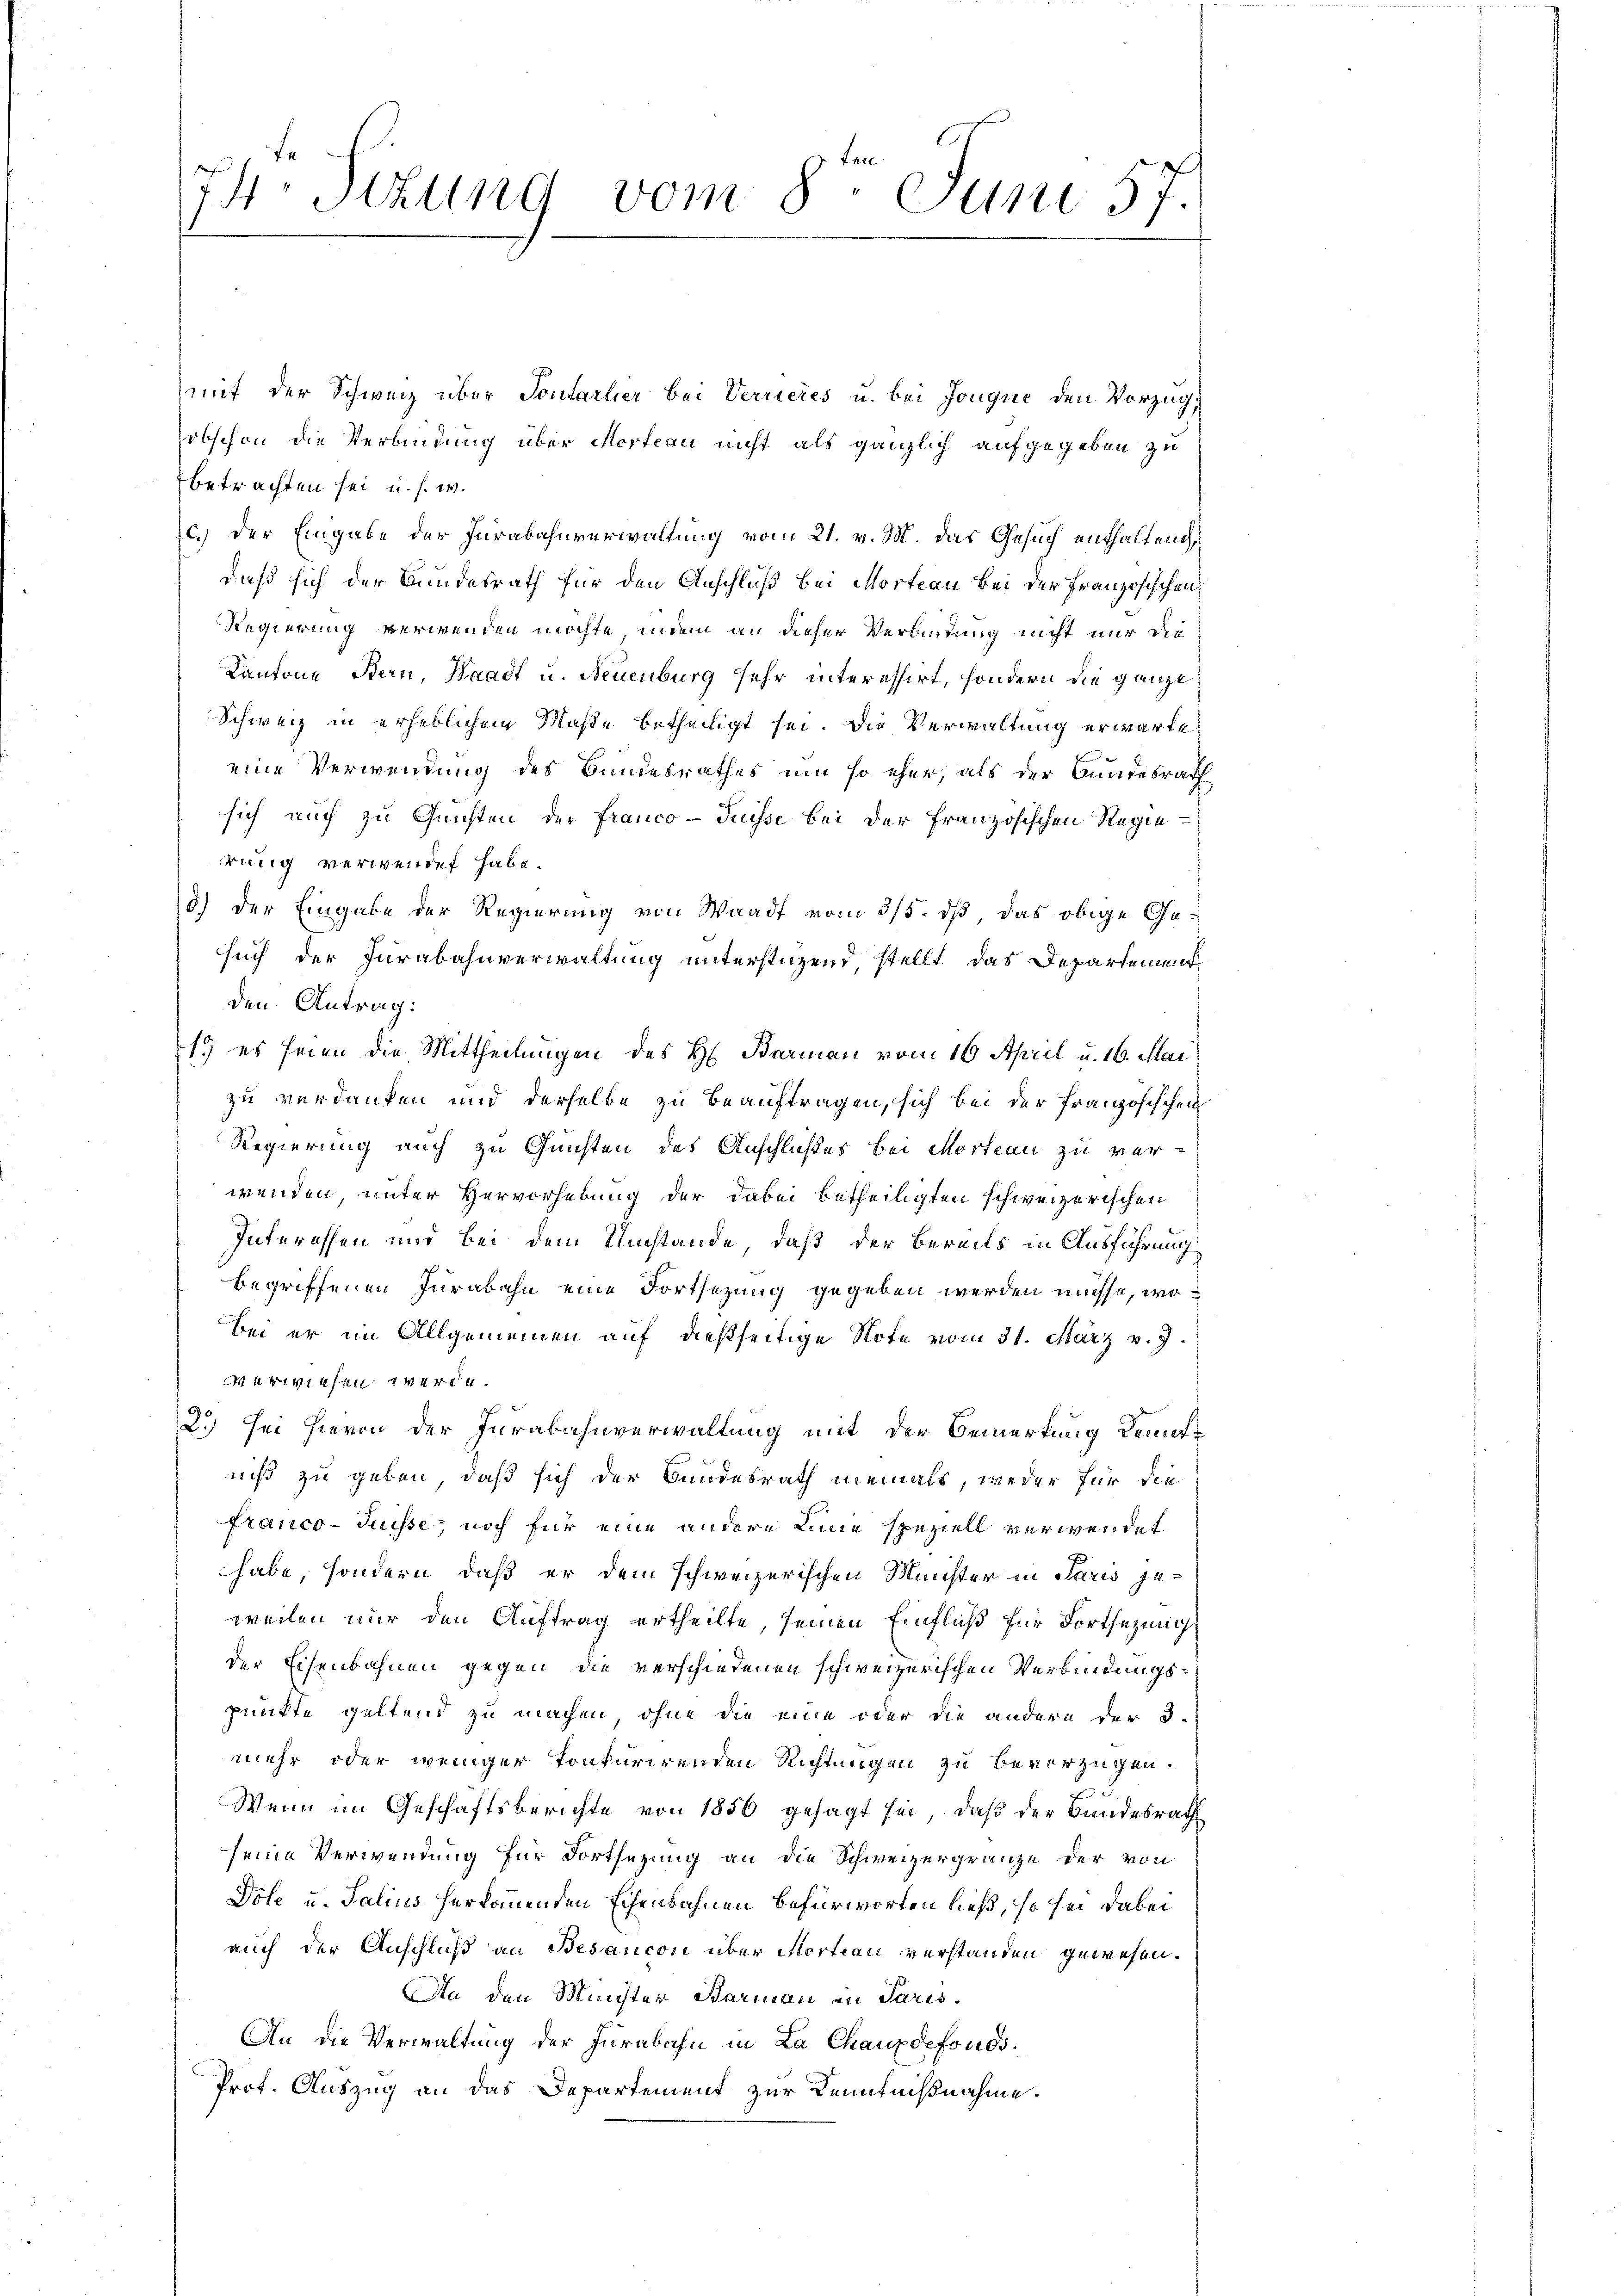
I4Stzung vom 8. Juni 57.

mit der Schweiz über Sontarlier bei Verrieres u. bei Jonque den Vorzug,
obschon die Verbindung über Merteau nicht als gänzlich aufgegeben zu
betrachten sei u. s. w.
c.) Der Eingabe der Jurabahnverwaltung vom 21. v. M. das Gesuch enthaltend
daß sich der Bundesrath für den Anschluß bei Morteau bei der Französischen
Regierung verwenden möchte, indem an dieser Verbindung nicht nur die
Kantone Bern, Waadt u. Neuenburg sehr interessirt, sondern die ganze
Schweiz in erheblichem Maße betheiligt sei. Die Verwaltung erwarte
eine Verwendung des Bundesrathes um so eher, als der Bundesrath
sich auch zu Quisten der Franco- Puisse bei der Französischen Regierung verwendet habe.
5.) Der Eingabe der Regierung von Waadt vom 3/5. dß, das obige Gesuch der Furabahnverwaltung unterstüzend, stellt das Departement
den Antrag:
1) es seien die Mittheilungen des H. Braman vom 16. April u. 16. Mai
zu verdanken und derselbe zu beauftragen, sich bei der französischen
Regierung auch zu Gunsten des Anschlußes bei Morteau zu ver-
wenden, unter Hervorhebung der dabei betheiligten schweizerischen
Interessen und bei dem Umstände, daß der Bereits in Ausführung
begriffenen Jurabahn eine Fortsezung gegeben werden müsse, wo
Bei er im Allgemeinen auf dießseitige Note vom 31. März v. J.
erwiesen werde.
2.) Sei hievon der Jurabahnverwaltung mit der Bemerkung Kenntniß zu geben, daß sich der Bundesrath niemals, weder für die
franco-Suisse, noch für eine andere Linne speziell verwendet
habe, sondern, daß er dem schweizerischen Münster in Paris jeweilen nur den Auftrag ertheilte, seinen Einfluß für Fortsezung
der Eisenbahnen gegen die verschiedenen schweizerischen Verbindungspunkte geltend zu machen, ohne die eine oder die andern der d.
mehr oder weniger konkurirenden Richtungen zu bevorzügen.
Wenn im Geschäftsberichte von 1850 gesagt sei, daß der Bundesrath
seine Verwendung für Fortsetzung an die Schweizergränze der von
Dole u. Salius herkommenden Echenbahnen befürworfen ließ, so sei dabei
auch der Anschluß an Besancon über Mortian verstanden gewesen.
An den Minister Barmann in Paris.
An die Verwaltung der Jurabahn in La Chauxdefonds¬
Prot. Auszug an das Departement zur Kenntnißnahme.